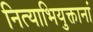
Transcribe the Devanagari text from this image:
नित्याभियुक्तानां